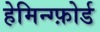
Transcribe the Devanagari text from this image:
हेमिन्ग्फ़ोर्ड